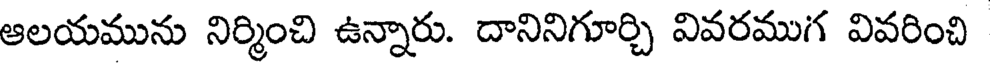
ఆలయమును నిర్మించి ఉన్నారు. దానినిగూర్చి వివరముగ వివరించి